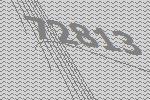
72813